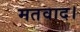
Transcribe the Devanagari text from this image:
मतवाद।